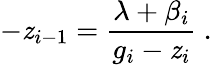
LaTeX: -\mathit{z}_{i-1}=\frac{{\lambda+\beta_{i}}}{{g_{i}-\mathit{z}_{i}}}~.